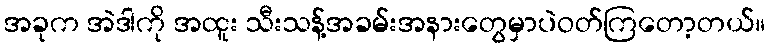
အခုက အဲဒါကို အထူး သီးသန့်အခမ်းအနားတွေမှာပဲဝတ်ကြတော့တယ်။